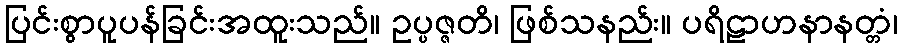
ပြင်းစွာပူပန်ခြင်းအထူးသည်။ ဥပ္ပဇ္ဇတိ၊ ဖြစ်သနည်း။ ပရိဠာဟနာနတ္တံ၊